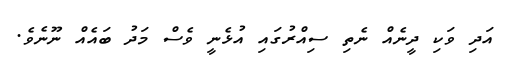
އަދި ވަކި ދީނެއް ނެތި ސިއްރުގައި އުޅެނީ ވެސް މަދު ބައެއް ނޫނެވެ.